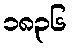
၁၈၃၆